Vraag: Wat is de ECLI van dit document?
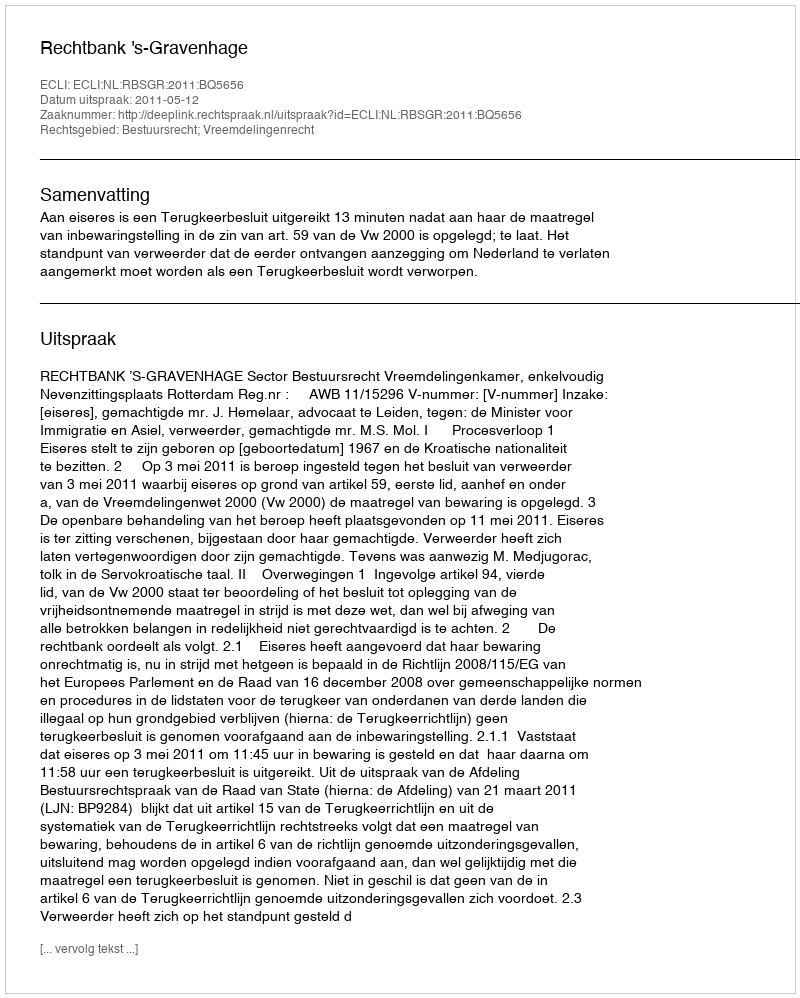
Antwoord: ECLI:NL:RBSGR:2011:BQ5656